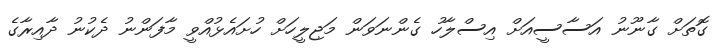
ގޮތަށް ގާނޫނު އަސާސީއަށް އިސްލާހު ގެންނަވަން މަޖިލީހަށް ހުށައެޅުއްވީ މާފަންނު ދެކުނު ދާއިރާގެ